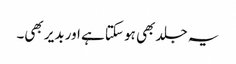
یہ جلد بھی ہو سکتا ہے اور بدیر بھی۔